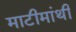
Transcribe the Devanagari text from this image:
माटीमांथी